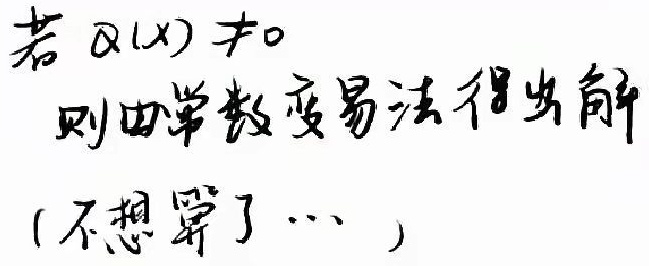
若 \(Q(x)\neq0\)
则由常数变易法得出解
(不想算了… )